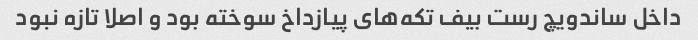
داخل ساندویچ رست بیف تکه‌های پیازداخ سوخته بود و اصلا تازه نبود